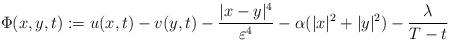
LaTeX: \begin{align*}\Phi(x,y,t):=u(x,t)-v(y,t)-\frac{|x-y|^4}{\varepsilon^4}-\alpha(|x|^2+|y|^2)-\frac{\lambda}{T-t}\end{align*}